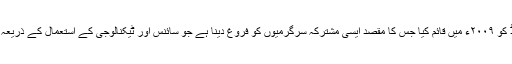
انڈیا سائنس اینڈ ٹیکنالوجی اِنڈاؤمینٹ فنڈ کو ۲۰۰۹ء میں قائم کیا جس کا مقصد ایسی مشترکہ سرگرمیوں کو فروغ دینا ہے جو سائنس اور ٹیکنالوجی کے استعمال کے ذریعہ جدت اور کاروباری رحجان پیدا کریں۔